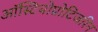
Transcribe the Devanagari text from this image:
ऑस्टियोप्रोटिजरिन